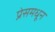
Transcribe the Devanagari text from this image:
प्रेसमधून